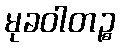
မုခဝါတဉ္စ